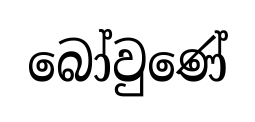
බෝවුණේ